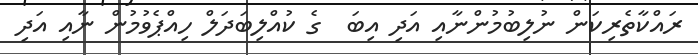
ރައްކާތެރިކަން ނުލިބުމުންނާއި އަދި އިބަ  ގެ ކުއްލިބަދަލް ހިއްޕެވުމުން ނާއި އަދި